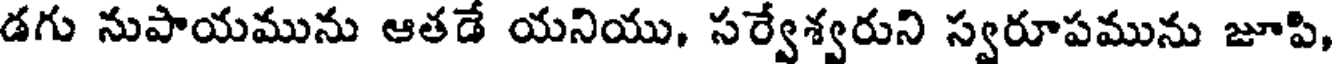
డగు నుపాయమును ఆతడే యనియు, సర్వేశ్వరుని స్వరూపమును జూపి,